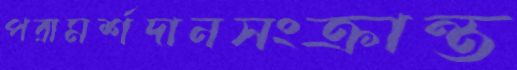
পরামর্শদানসংক্রান্ত